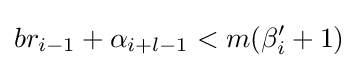
br_{i-1}+\alpha _{i+l-1}<m(\beta _{i}^{\prime }+1)